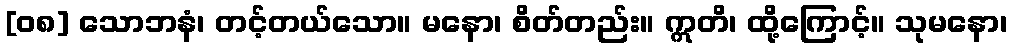
[၀၈] သောဘနံ၊ တင့်တယ်သော။ မနော၊ စိတ်တည်း။ ဣတိ၊ ထို့ကြောင့်။ သုမနော၊